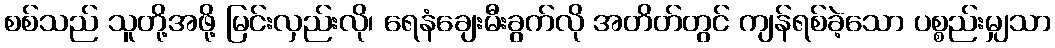
စစ်သည် သူတို့အဖို့ မြင်းလှည်းလို၊ ရေနံချေးမီးခွက်လို အတိတ်တွင် ကျန်ရစ်ခဲ့သော ပစ္စည်းမျှသာ